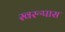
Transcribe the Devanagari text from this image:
स्वरूपास